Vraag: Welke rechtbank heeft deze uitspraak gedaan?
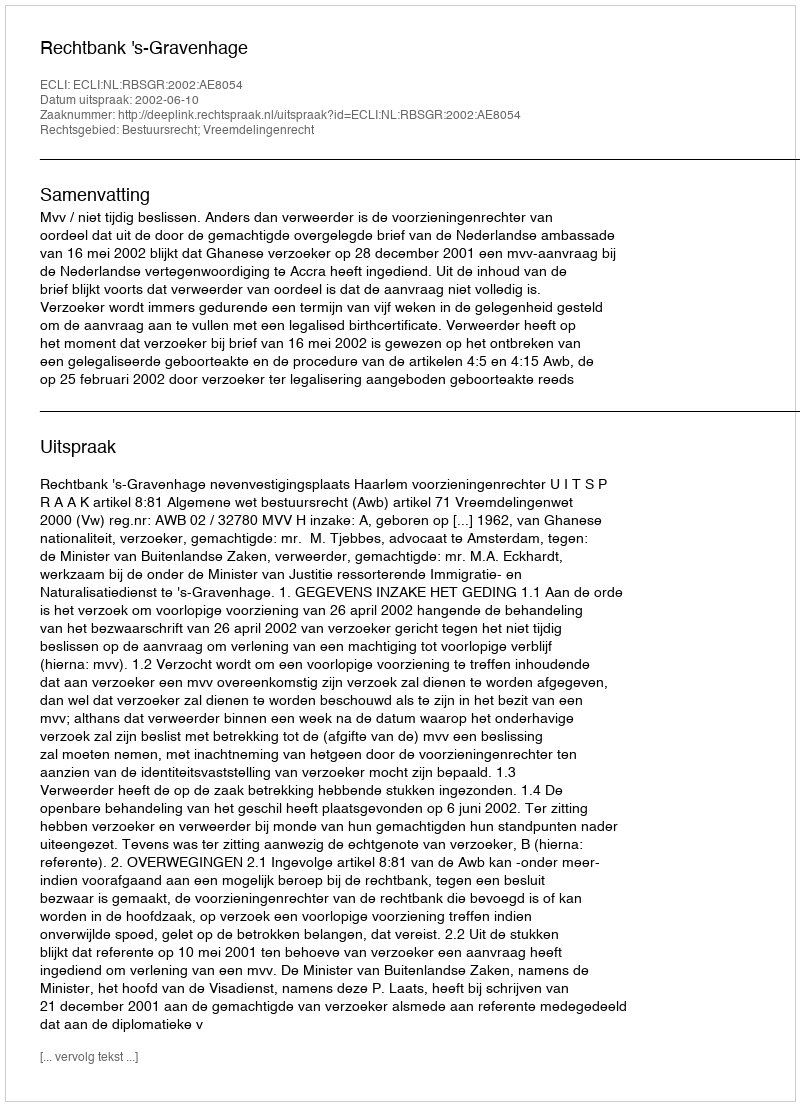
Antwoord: Rechtbank 's-Gravenhage